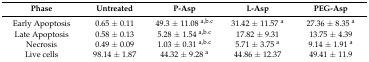
<table><thead><tr><td><b>Phase</b></td><td><b>Untreated</b></td><td><b>P-Asp</b></td><td><b>L-Asp</b></td><td><b>PEG-Asp</b></td></tr></thead><tbody><tr><td>Early Apoptosis</td><td>0.65 ± 0.11</td><td>49.3 ± 11.08 <sup>a,b.c</sup></td><td>31.42 ± 11.57 <sup>a</sup></td><td>27.36 ± 8.35 <sup>a</sup></td></tr><tr><td>Late Apoptosis</td><td>0.58 ± 0.13</td><td>5.28 ± 1.54 <sup>a,b.c</sup></td><td>17.82 ± 9.31</td><td>13.75 ± 4.39</td></tr><tr><td>Necrosis</td><td>0.49 ± 0.09</td><td>1.03 ± 0.31 <sup>a,b.c</sup></td><td>5.71 ± 3.75 <sup>a</sup></td><td>9.14 ± 1.91 <sup>a</sup></td></tr><tr><td>Live cells</td><td>98.14 ± 1.87</td><td>44.32 ± 9.28 <sup>a</sup></td><td>44.86 ± 12.37</td><td>49.41 ± 11.9</td></tr></tbody></table>